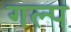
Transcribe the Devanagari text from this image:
गल्‍प